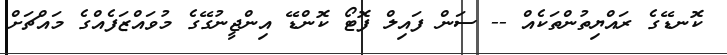
ކޮނޑޭގެ ރައްޔިތުންތަކެއް -- ސަން ފައިލް ފޮޓޯ ކޮންޑޭ އިންޖީނުގޭގެ މުވައްޒަފެއްގެ މައްޗަށް